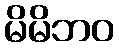
မိမိဘဝ